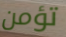
تؤمن